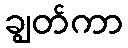
ချွတ်ကာ